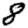
Digit: 8